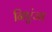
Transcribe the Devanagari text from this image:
निएंजा